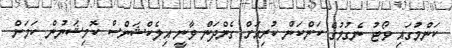
ކަންމުގައި ވޯޓު ނެގުމުގެ ކަންކަން ކުރިއަށް ގެންދަން ވާނީ އިލެކްޝަންސް ކޮމިޝަނުން ކަމަށް